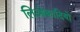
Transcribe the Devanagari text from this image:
लिओकादियो